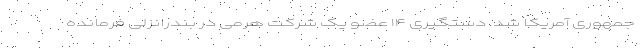
جمهوری آمریکا شد. دستگیری ۱۴ عضو یک شرکت هرمی در بندرانزلی فرمانده